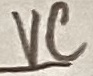
Text: VC